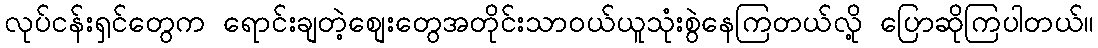
လုပ်ငန်းရှင်တွေက ရောင်းချတဲ့စျေးတွေအတိုင်းသာဝယ်ယူသုံးစွဲနေကြတယ်လို့ ပြောဆိုကြပါတယ်။